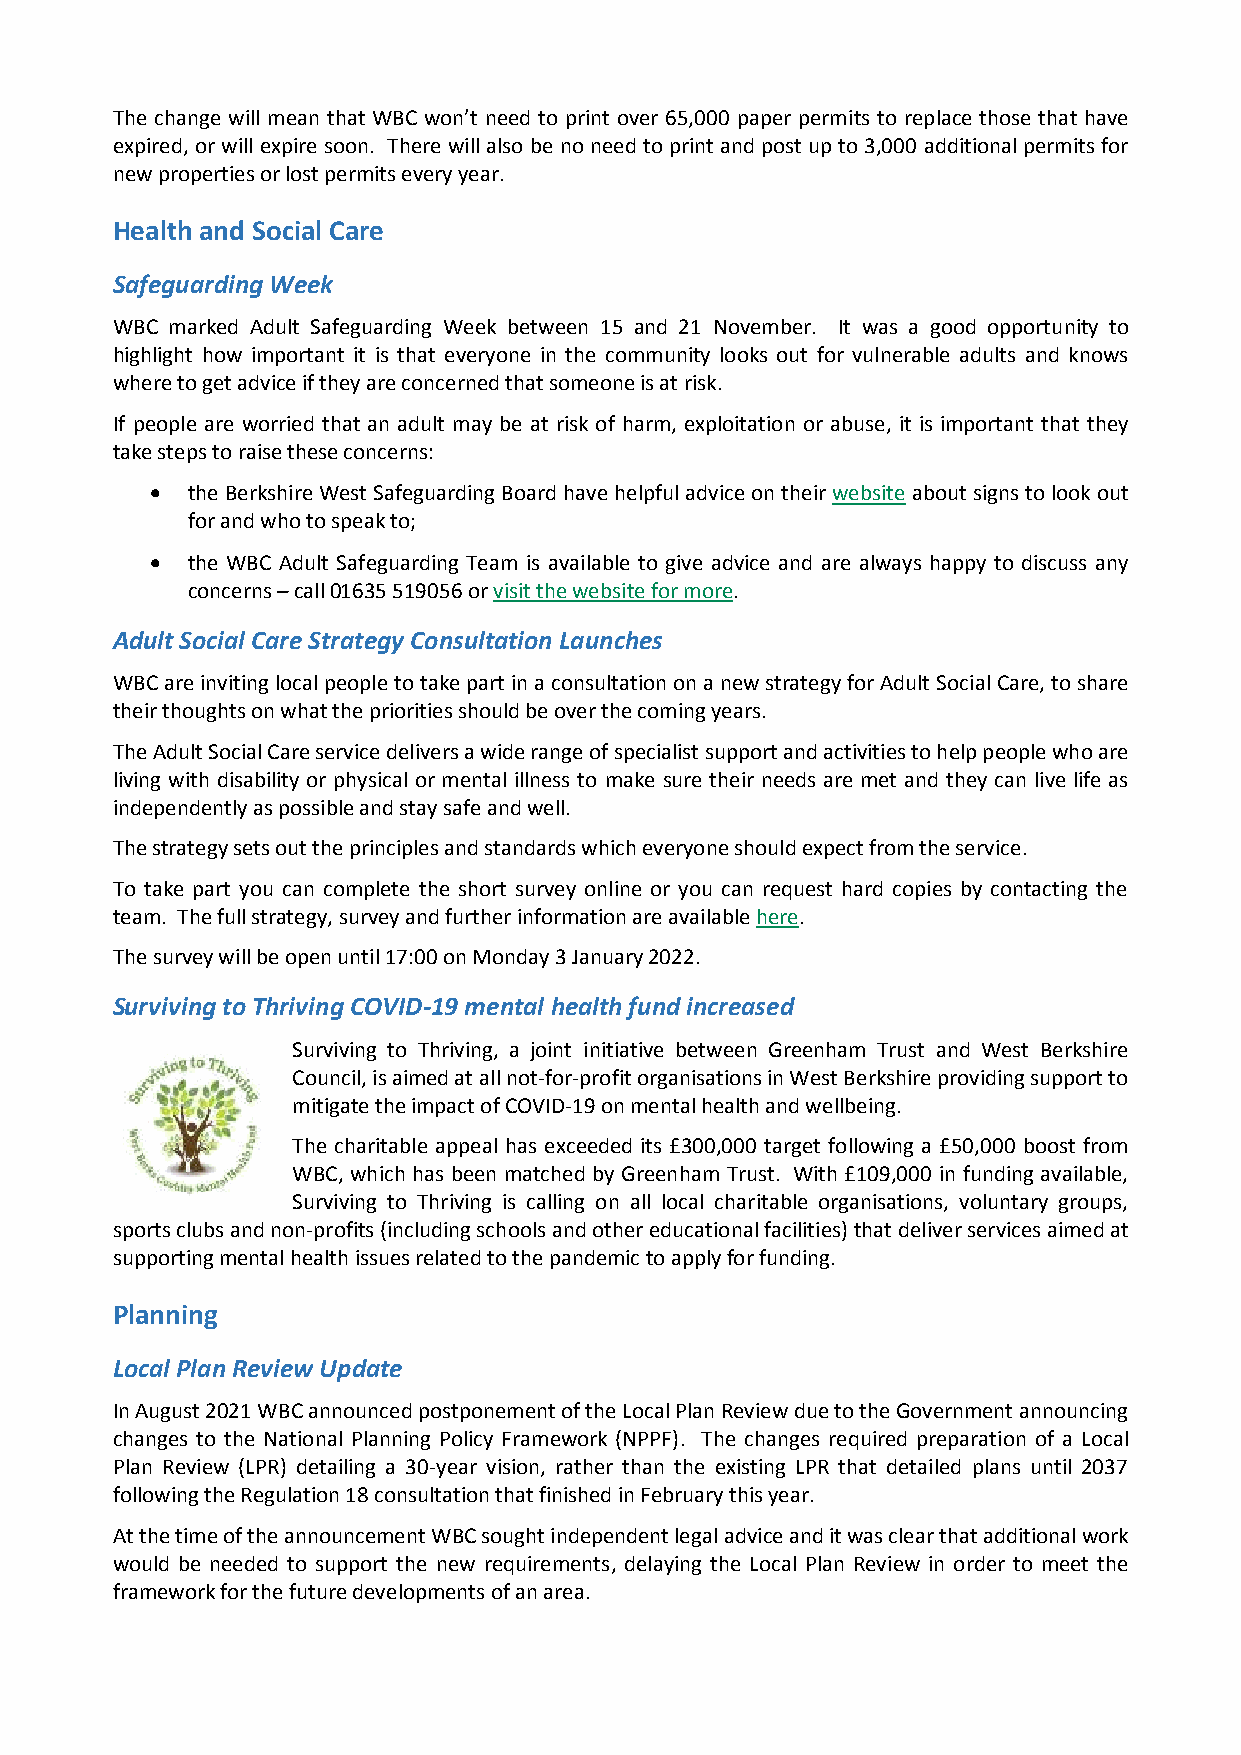
The change will mean that WBC won’t need to print over 65,000 paper permits to replace those that have
 expired, or will expire soon. There will also be no need to print and post up to 3,000 additional permits for
 new properties or lost permits every year.
 Health and Social Care
 Safeguarding Week
 WBC marked Adult Safeguarding Week between 15 and 21 November. It was a good opportunity to
 highlight how important it is that everyone in the community looks out for vulnerable adults and knows
 where to get advice if they are concerned that someone is at risk.
 If people are worried that an adult may be at risk of harm, exploitation or abuse, it is important that they
 take steps to raise these concerns:
  the Berkshire West Safeguarding Board have helpful advice on their website about signs to look out
 for and who to speak to;
  the WBC Adult Safeguarding Team is available to give advice and are always happy to discuss any
 concerns – call 01635 519056 or visit the website for more.
 Adult Social Care Strategy Consultation Launches
 WBC are inviting local people to take part in a consultation on a new strategy for Adult Social Care, to share
 their thoughts on what the priorities should be over the coming years.
 The Adult Social Care service delivers a wide range of specialist support and activities to help people who are
 living with disability or physical or mental illness to make sure their needs are met and they can live life as
 independently as possible and stay safe and well.
 The strategy sets out the principles and standards which everyone should expect from the service.
 To take part you can complete the short survey online or you can request hard copies by contacting the
 team. The full strategy, survey and further information are available here.
 The survey will be open until 17:00 on Monday 3 January 2022.
 Surviving to Thriving COVID-19 mental health fund increased
 Surviving to Thriving, a joint initiative between Greenham Trust and West Berkshire
 Council, is aimed at all not-for-profit organisations in West Berkshire providing support to
 mitigate the impact of COVID-19 on mental health and wellbeing.
 The charitable appeal has exceeded its £300,000 target following a £50,000 boost from
 WBC, which has been matched by Greenham Trust. With £109,000 in funding available,
 Surviving to Thriving is calling on all local charitable organisations, voluntary groups,
 sports clubs and non-profits (including schools and other educational facilities) that deliver services aimed at
 supporting mental health issues related to the pandemic to apply for funding.
 Planning
 Local Plan Review Update
 In August 2021 WBC announced postponement of the Local Plan Review due to the Government announcing
 changes to the National Planning Policy Framework (NPPF). The changes required preparation of a Local
 Plan Review (LPR) detailing a 30-year vision, rather than the existing LPR that detailed plans until 2037
 following the Regulation 18 consultation that finished in February this year.
 At the time of the announcement WBC sought independent legal advice and it was clear that additional work
 would be needed to support the new requirements, delaying the Local Plan Review in order to meet the
 framework for the future developments of an area.